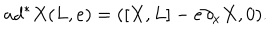
a d ^ { * } X ( L , e ) = ( \left[ X , L \right] - e \partial _ { x } X , 0 ) .